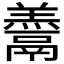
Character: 𩱋